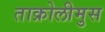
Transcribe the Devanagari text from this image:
ताक्रोलीमुस